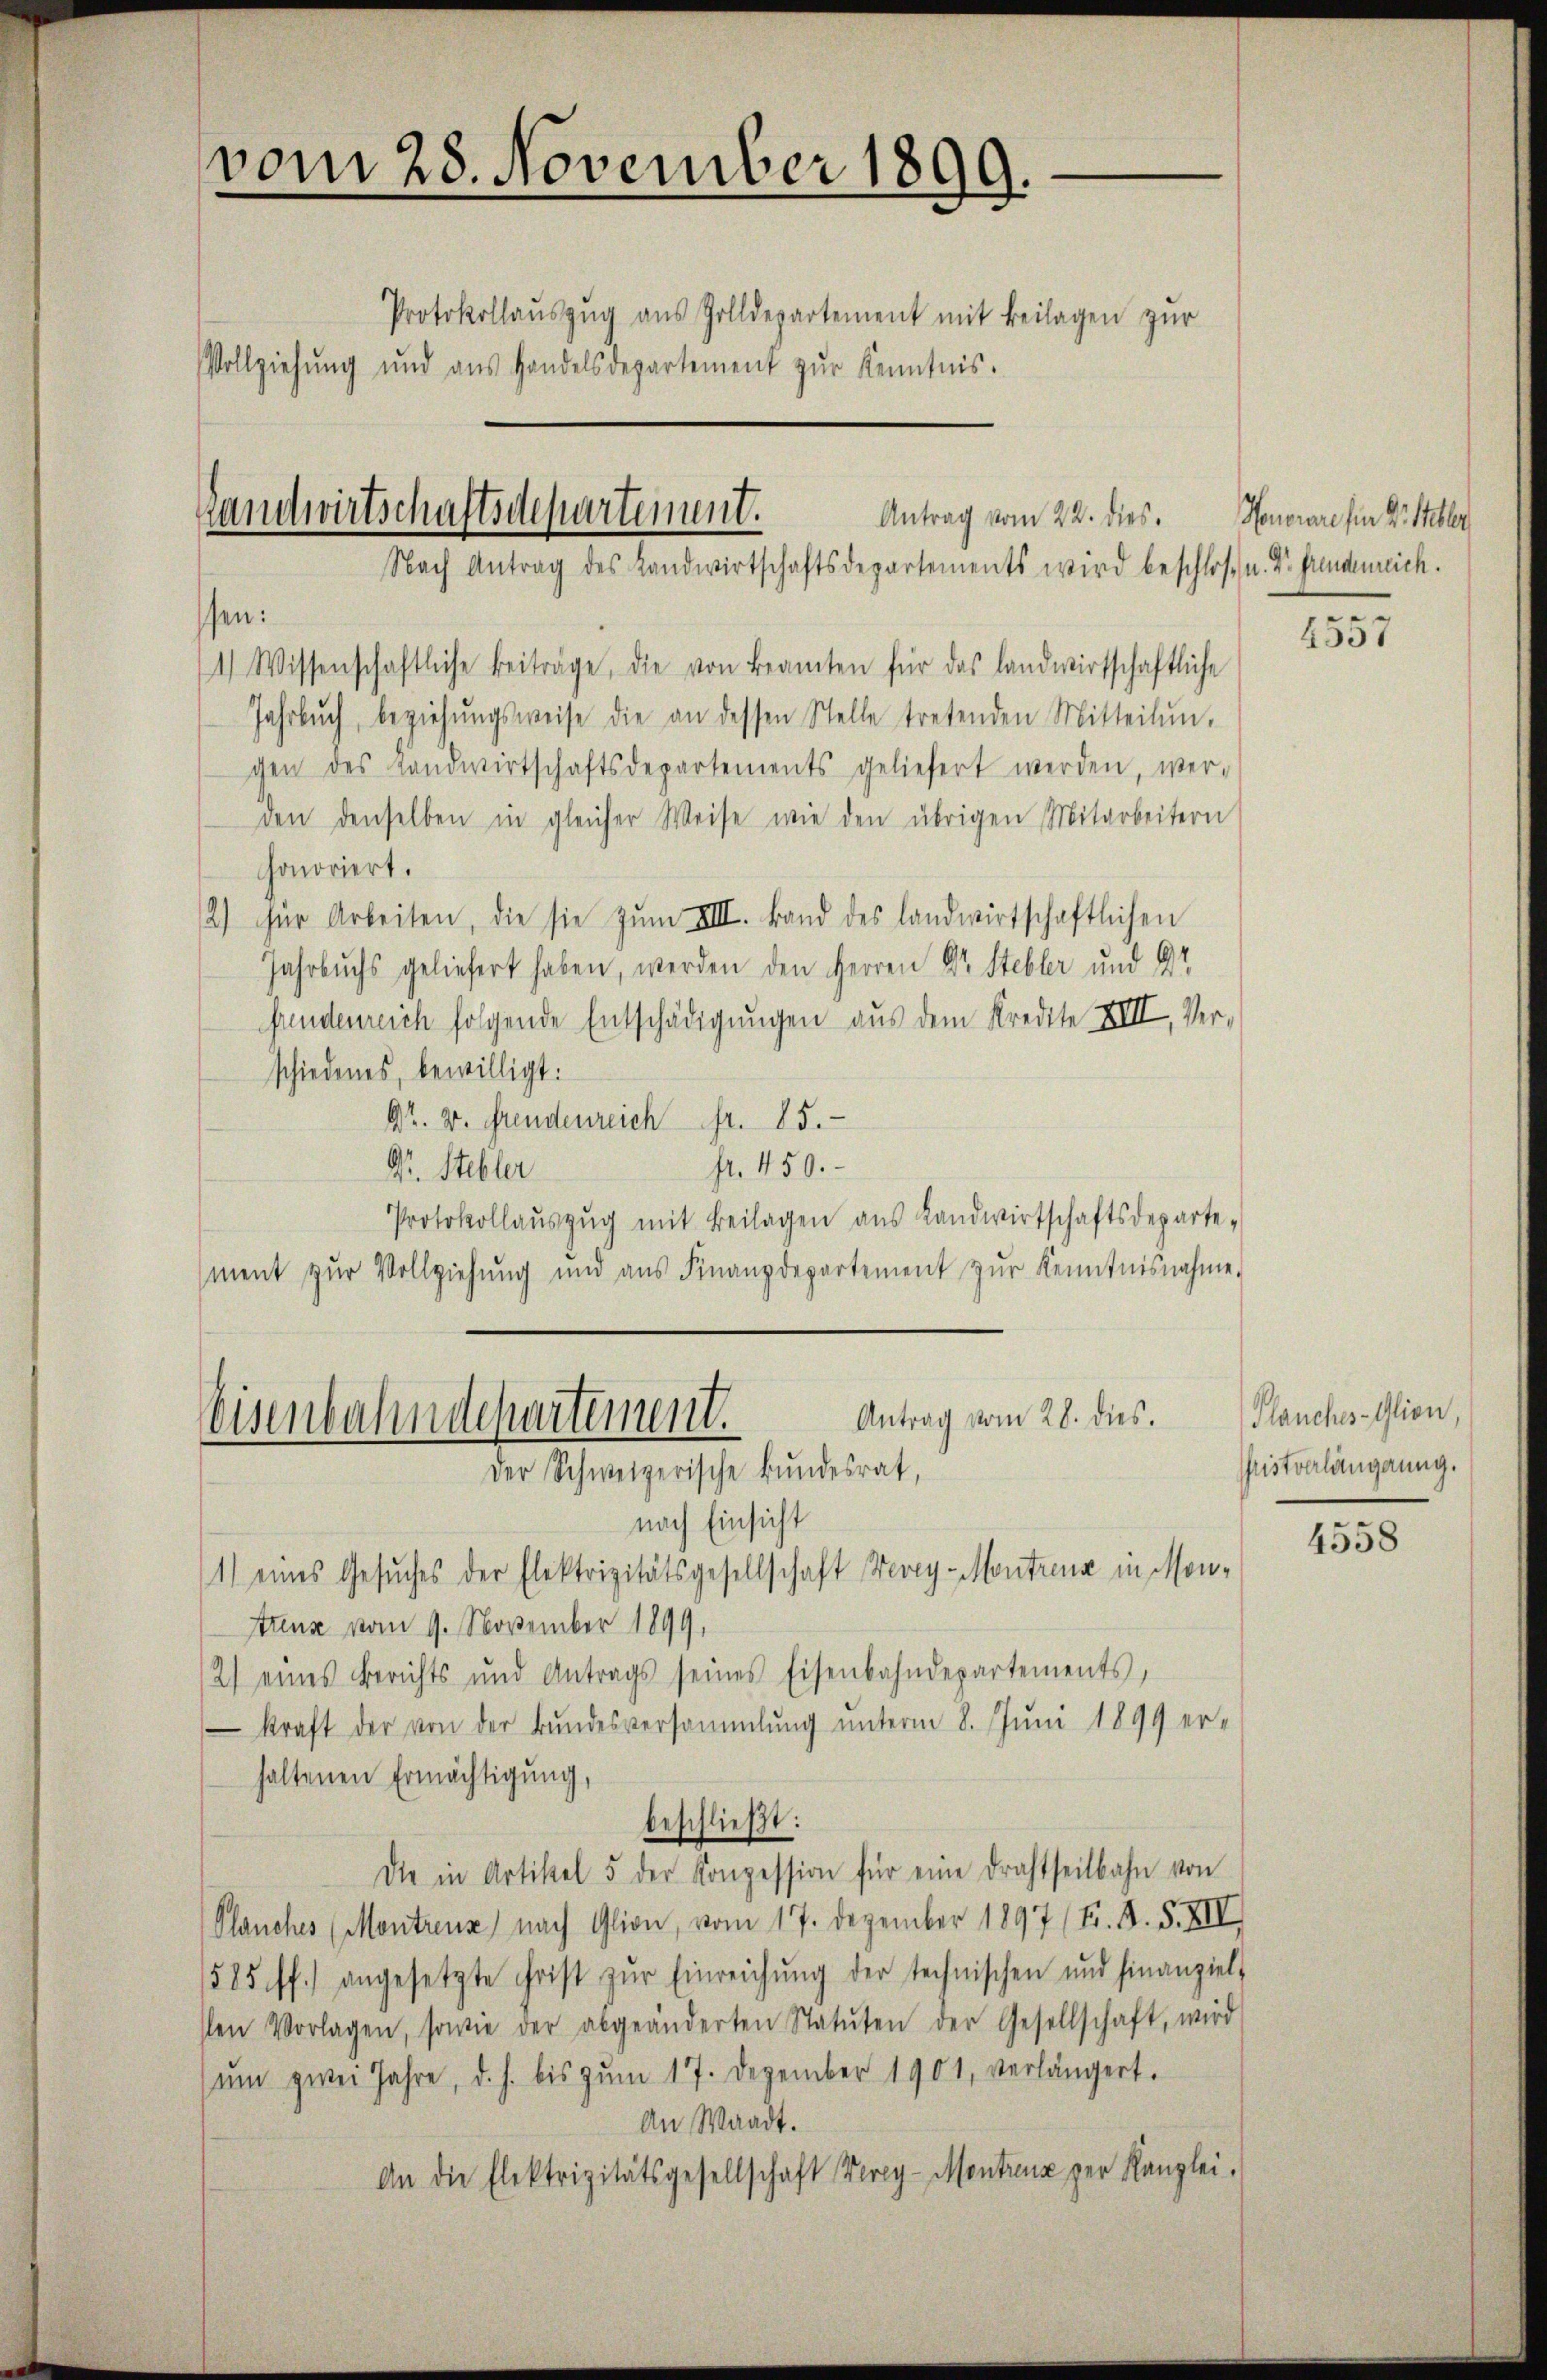
.
vom 28. November 1899.
Protokollaŭszŭg aŭs Zolldepartement mit Beilagen zŭr
Vollziehung und aŭs Handelsdepartement zŭr Kenntnis.

ssen:
1) Wissenschaftliche Beiträge, die von Beamten für das landwirtschaftliche
Jahrbuch, beziehŭngsweise die an dessen Stelle tretenden Mitteilŭn-
gen des Landwirtschaftsdepartements geliefert werden, wer-
den denselben in gleicher Weise wie den übrigen Mitarbeitern
honoriert.
2) für Arbeiten, die sie zŭm VIII. Band des landwirtschaftlichen
Jahrbuchs geliefert haben, werden den Herren Dr. Stebler und dr
fundenreich folgende Entschädigungen aus dem Kredite XVII. Ver-
schiedenes, bewilligt.
Dr. v. Grendenreich fr. 85.
fr. 450.
Dr. Stebler
Protokollaŭszŭg mit Beilagen aŭs Landwirtschaftsdeparte-
ment zŭr Vollziehŭng und aŭs Finanzdepartement zŭr Kenntnisnahme.

Handwirtschaftsdepartement.
Antrag vom 22. dies
Nach Antrag des Landwirtschaftsdepartements wird beschlos u. Dr. Grundeneich.

Antrag vom 28. dies.
Eisenbahndepartement.
Der Schweizerische Bŭndesrat,
nach Einsicht
1) eines Gesuches der Elektrizitätsgesellschaft Vevey-Montreng in Mon¬

Honorare für Hr. Steller

Arenz vom 9. November 1899,
2) eines Berichts und Antrags seines Eisenbahndepartements,
 kraft der von der Bundesversammlung unterm 8. Juni 1899 erhaltenen Ermächtigung,
beschließt:
Die in Artikel 5 der Konzession für eine Drahtseitbahn von
Plauches (Montrenz nach Glion, vom 17. Dezember 1897 (F. A. S. XIII.
1585 ff.) angesetzte Frist zŭr Einreichŭng der technischen und hinanziel
sten Vorlagen, sowie der abgeänderten Statŭten der Gesellschaft, wird
ŭm zwei Jahre, d. h. bis zŭm 17. Dezember 1901, verlängert.
An Waadt.
An die Elektrizitätsgesellschaft Verey-Montrenz zur Kanzlei-

4557

Planches-Glion,
Gristverlängerung.

4558